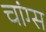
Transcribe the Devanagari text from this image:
चांग्स